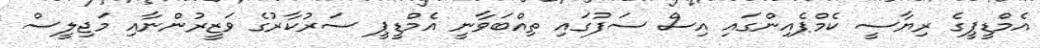
އެމްޑީޕީގެ ރިޔާސީ ކެމްޕެއިންގައި އިސް ސަފުގައި ތިއްބަވާނީ އެމްޑީޕީ ސަރުކާރުގެ ވަޒީރުންނާއި މަޖިލީސް